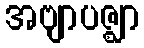
အဗျာပဇ္ဈာ